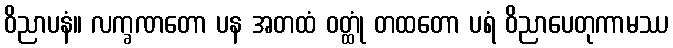
ဝိညာပနံ။ လက္ခဏတော ပန အတထံ ဝတ္ထုံ တထတော ပရံ ဝိညာပေတုကာမဿ